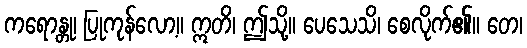
ကရောန္တု၊ ပြုကုန်လော့။ ဣတိ၊ ဤသို့။ ပေသေသိ၊ စေလိုက်၏။ တေ၊